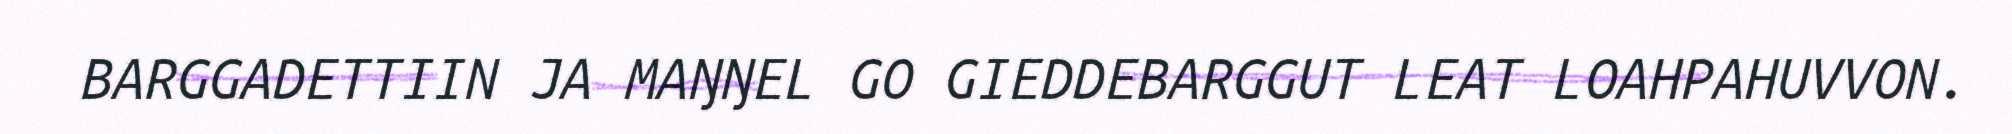
BARGGADETTIIN JA MAŊŊEL GO GIEDDEBARGGUT LEAT LOAHPAHUVVON.